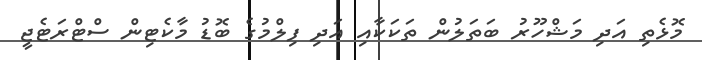
މޮޅެތި އަދި މަޝްހޫރު ބަތަލުން ތަކަކާއި އަދި ފިލްމުގެ ބޮޑު މާކެޓިން ސްޓްރަޓެޖީ